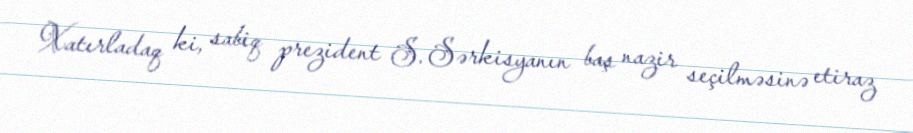
Xatırladaq ki, sabiq prezident S. Sərkisyanın baş nazir seçilməsinə etiraz